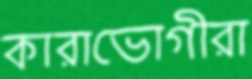
কারাভোগীরা